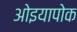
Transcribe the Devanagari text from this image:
ओइयापोक